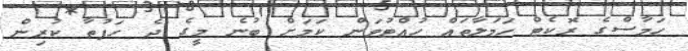
ހަމާސްގެ ރޮކެޓް ހަމަލާތައް ހުއްޓުވަން ކަމަށް ބުނެ މީގެ ދެ ހަފުތާ ކުރިން